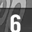
Digit: 6